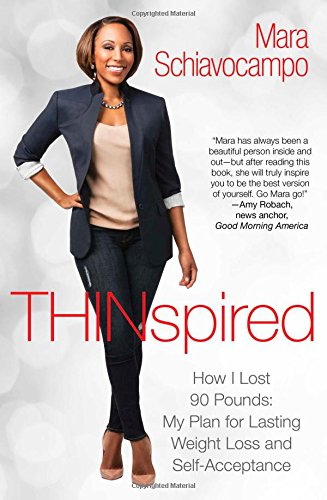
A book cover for Thinspired: How I Lost 90 Pounds -- My Plan for Lasting Weight Loss and Self-Acceptance; Mara Schiavocampo; Self-Help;